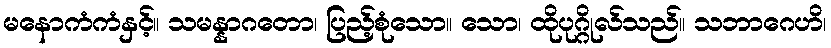
မနောကံကံနှင့်။ သမန္နာဂတော၊ ပြည့်စုံသော။ သော၊ ထိုပုဂ္ဂိုလ်သည်။ သဘာဂေဟိ၊